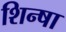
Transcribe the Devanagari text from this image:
शिन्षा